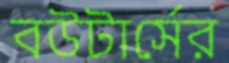
বউটার্সের